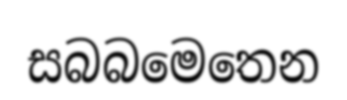
සබබමෙතෙන